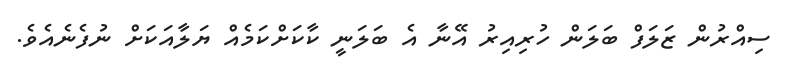
ސިއްރުން ޒަލަފް ބަލަން ހުރިއިރު އޭނާ އެ ބަލަނީ ކާކަށްކަމެއް ޔަލާއަކަށް ނުފެނެއެވެ.